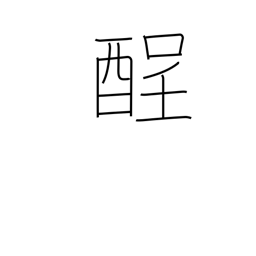
Meaning: hangover